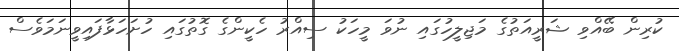
ކުރިން ބޭއްވި ޝަރީއަތުގެ މަޖިލީހުގައި ނުވަ މީހަކު ސިއްރު ހެކީންގެ ގޮތުގައި ހުށަހަޅާފައިވީނަމަވެސް